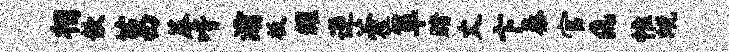
相歆莒蓐喈灞板耀逆藿箪赌丈卞秦官a惟蜕